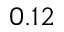
0 . 1 2